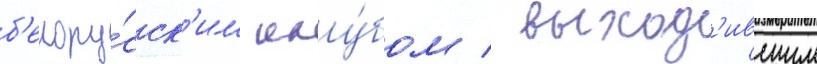
б'елору́сск'им клу́бом / выход'ившим